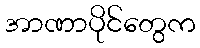
အာဏာပိုင်တွေက